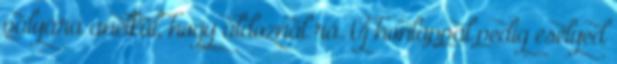
pályára anélkül, hogy áldoznál rá. Új honlappal pedig esélyed